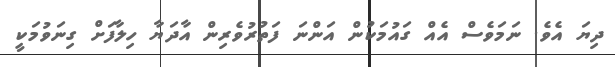
ދިޔަ އެވެ. ނަމަވެސް އެއް ގައުމަކުން އަންނަ ފަތުރުވެރިން އާދަޔާ ހިލާފަށް ގިނަވުމަކީ